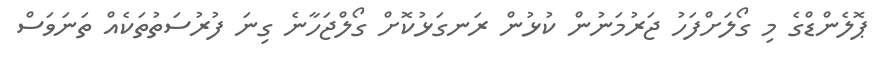
ޕޮލެންޑްގެ މި ގޯލަށްފަހު ޖަރުމަނުން ކުޅުން ރަނގަޅުކޮށް ގޯލްޖަހާނެ ގިނަ ފުރުސަތުތަަކެއް ތަނަވަސް